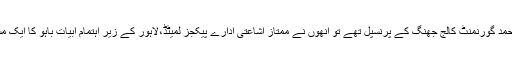
جب ڈاکٹر سید نذیر احمد گورنمنٹ کالج جھنگ کے پرنسپل تھے تو انھوں نے ممتاز اشاعتی ادارے پیکجز لمیٹڈ،لاہور کے زیر اہتمام ابیات باہو کا ایک مستند نسخہ مرتب کیا۔